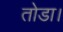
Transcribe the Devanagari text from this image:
तोडा।